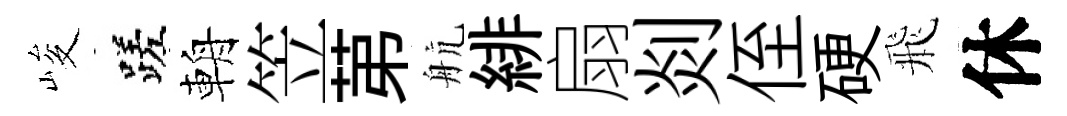
峻蹉輈笠苐航緋扇剡侄硬飛休